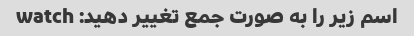
اسم زیر را به صورت جمع تغییر دهید: watch